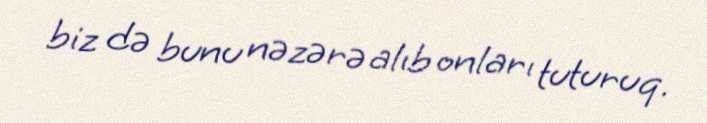
biz də bunu nəzərə alıb onları tuturuq.